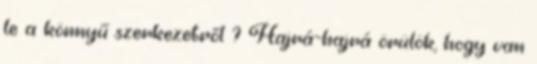
le a könnyű szerkezetről ? Hajrá-hajrá örülök, hogy van